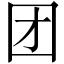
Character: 团